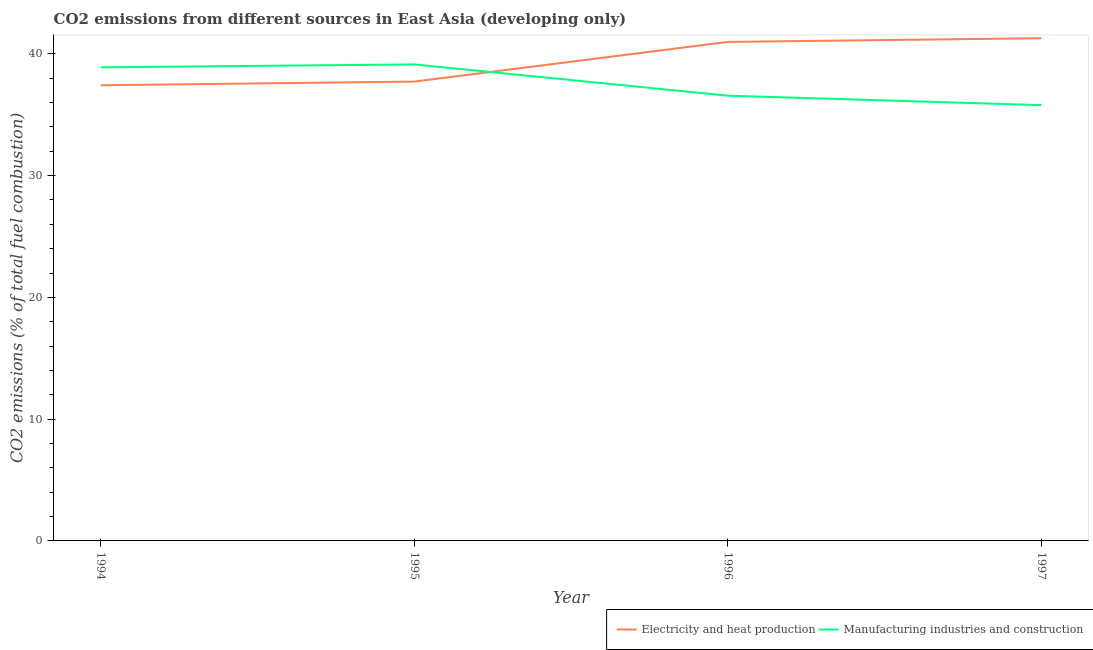
| Year | Electricity and heat production | Manufacturing industries and construction |
 | --- | --- | --- |
 | 1994 | 37.4 | 38.9 |
 | 1995 | 37.7 | 39.1 |
 | 1996 | 41 | 36.6 |
 | 1997 | 41.3 | 35.8 |